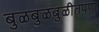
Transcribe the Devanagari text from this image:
बुळबुळबुळीतपणा